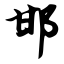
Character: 邯